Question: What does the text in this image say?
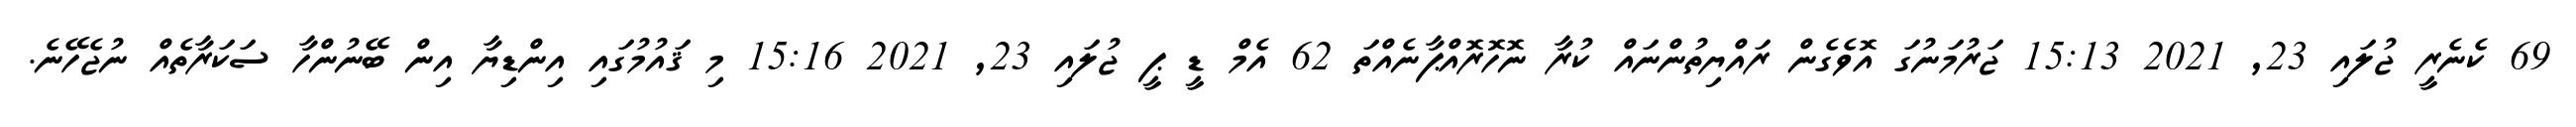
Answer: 69 ކެނެރީ ޖުލައި 23, 2021 15:13 ޖަރުމަނުގަ އޮވެގެން ރައްޔިތުންނައް ކުރާ ނޮހޮރޮއްޕާނެއްތަ 62 އެމް ޑީ ޕީ ޖުލައި 23, 2021 15:16 މި ޤައުމުގައި އިންޑިޔާ އިން ބޭނުންހާ ސަކަރާތެއް ނުޖެހޭނެ.